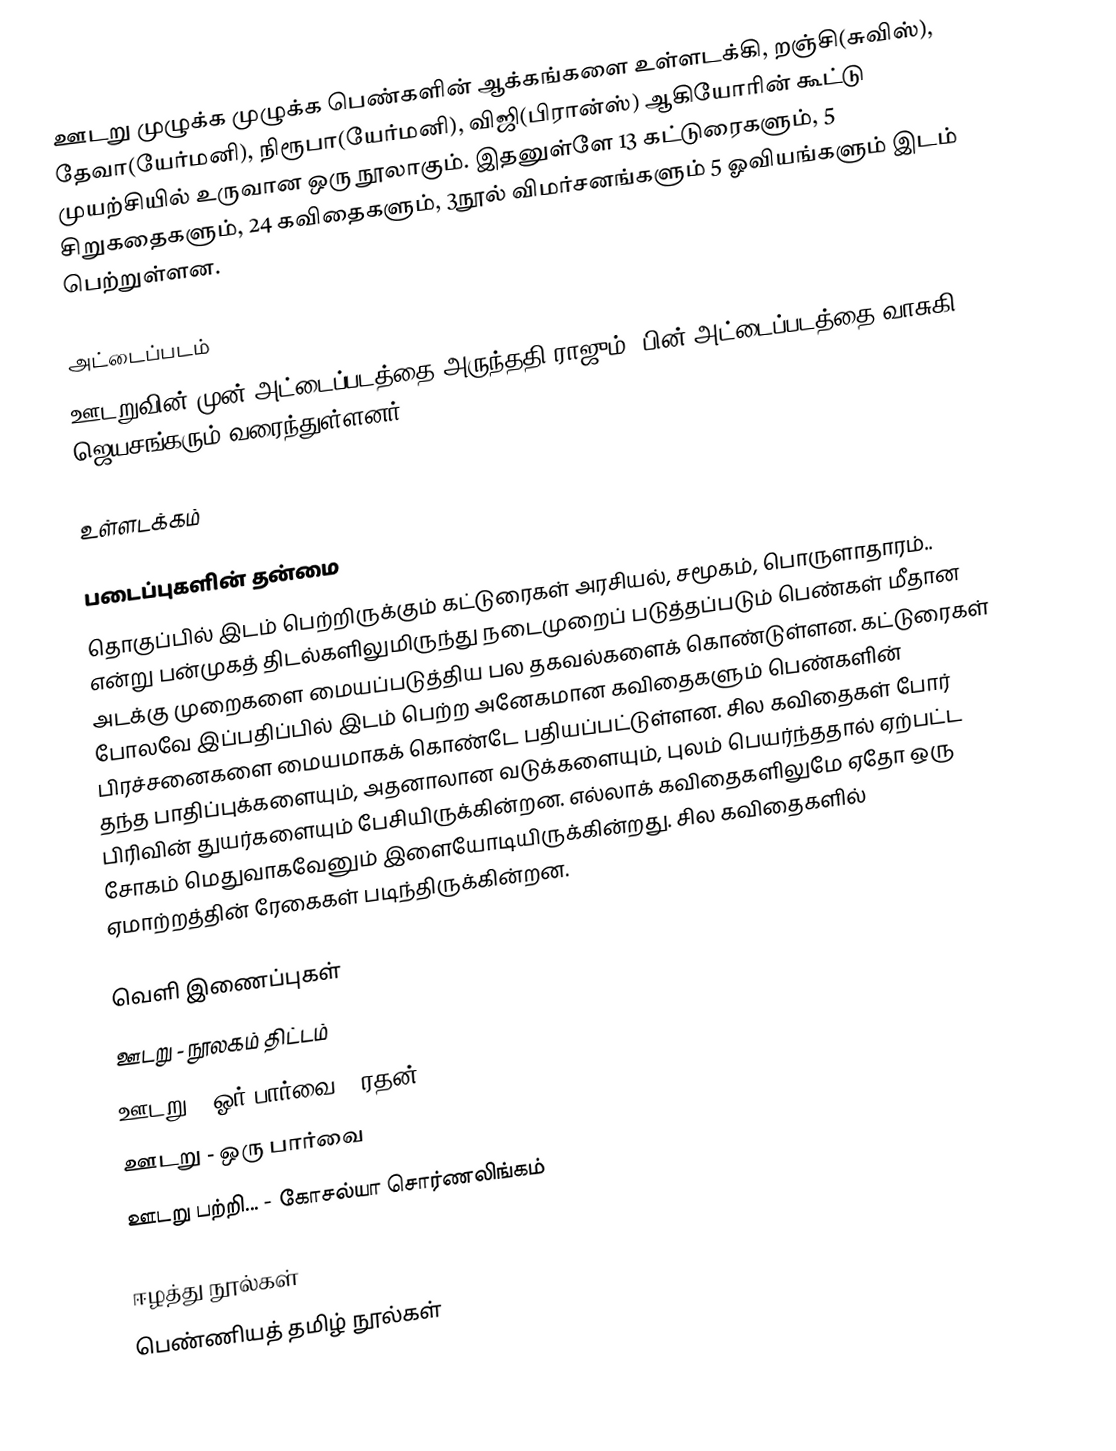
ஊடறு முழுக்க முழுக்க பெண்களின் ஆக்கங்களை உள்ளடக்கி, றஞ்சி(சுவிஸ்), தேவா(யேர்மனி), நிரூபா(யேர்மனி), விஜி(பிரான்ஸ்) ஆகியோரின் கூட்டு முயற்சியில் உருவான ஒரு  நூலாகும். இதனுள்ளே 13 கட்டுரைகளும், 5 சிறுகதைகளும், 24 கவிதைகளும், 3நூல் விமர்சனங்களும் 5 ஓவியங்களும் இடம் பெற்றுள்ளன.

அட்டைப்படம்
ஊடறுவின் முன் அட்டைப்படத்தை அருந்ததி ராஜும், பின் அட்டைப்படத்தை வாசுகி ஜெயசங்கரும் வரைந்துள்ளனர்.

உள்ளடக்கம்

படைப்புகளின் தன்மை
தொகுப்பில் இடம் பெற்றிருக்கும் கட்டுரைகள் அரசியல், சமூகம், பொருளாதாரம்.. என்று பன்முகத் திடல்களிலுமிருந்து நடைமுறைப் படுத்தப்படும் பெண்கள் மீதான அடக்கு முறைகளை மையப்படுத்திய பல தகவல்களைக் கொண்டுள்ளன. கட்டுரைகள் போலவே இப்பதிப்பில் இடம் பெற்ற அனேகமான கவிதைகளும் பெண்களின் பிரச்சனைகளை மையமாகக் கொண்டே பதியப்பட்டுள்ளன. சில கவிதைகள் போர் தந்த பாதிப்புக்களையும், அதனாலான வடுக்களையும், புலம் பெயர்ந்ததால் ஏற்பட்ட பிரிவின் துயர்களையும் பேசியிருக்கின்றன. எல்லாக் கவிதைகளிலுமே ஏதோ ஒரு சோகம் மெதுவாகவேனும் இளையோடியிருக்கின்றது. சில கவிதைகளில் ஏமாற்றத்தின் ரேகைகள் படிந்திருக்கின்றன.

வெளி இணைப்புகள்
 ஊடறு - நூலகம் திட்டம்
 ஊடறு - ஓர் பார்வை - ரதன்
 ஊடறு - ஒரு பார்வை
 ஊடறு பற்றி... - கோசல்யா சொர்ணலிங்கம்

ஈழத்து நூல்கள்
பெண்ணியத் தமிழ் நூல்கள்